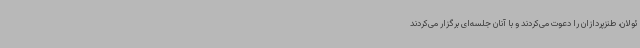
ئولان، طنزپردازان را دعوت می‌کردند و با آنان جلسه‌ای برگزار می‌کردند